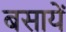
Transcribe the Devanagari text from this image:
बसायें